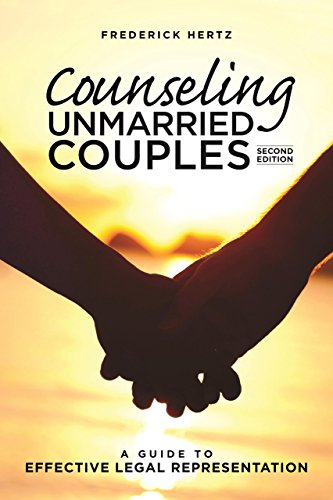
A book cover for Counseling Unmarried Couples: A Guide to Effective Legal Representation; Frederick Hertz; Law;